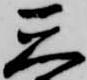
天